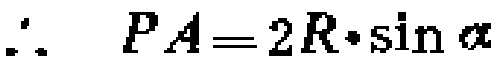
\(\therefore \ PA = 2R\cdot\sin\alpha\)